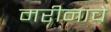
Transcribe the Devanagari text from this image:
मरीनाचे